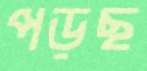
পড়ছ